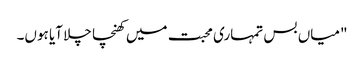
"میاں بس تمہاری محبت میں کھنچا چلا آیا ہوں۔